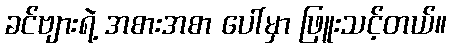
ခင်ဗျားရဲ့ အစားအစာ ပေါ်မှာ ဖြူးသင့်တယ်။